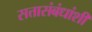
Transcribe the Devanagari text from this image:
सत्तासंबंधांशी